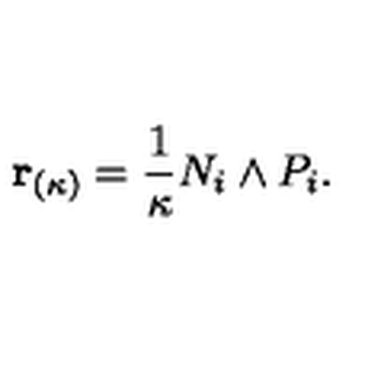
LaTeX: { \bf r } _ { ( \kappa ) } = \frac { 1 } { \kappa } N _ { i } \wedge P _ { i } .